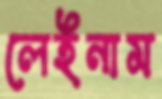
লেইনাম